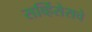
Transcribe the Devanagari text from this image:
सर्व्हिसेसचे